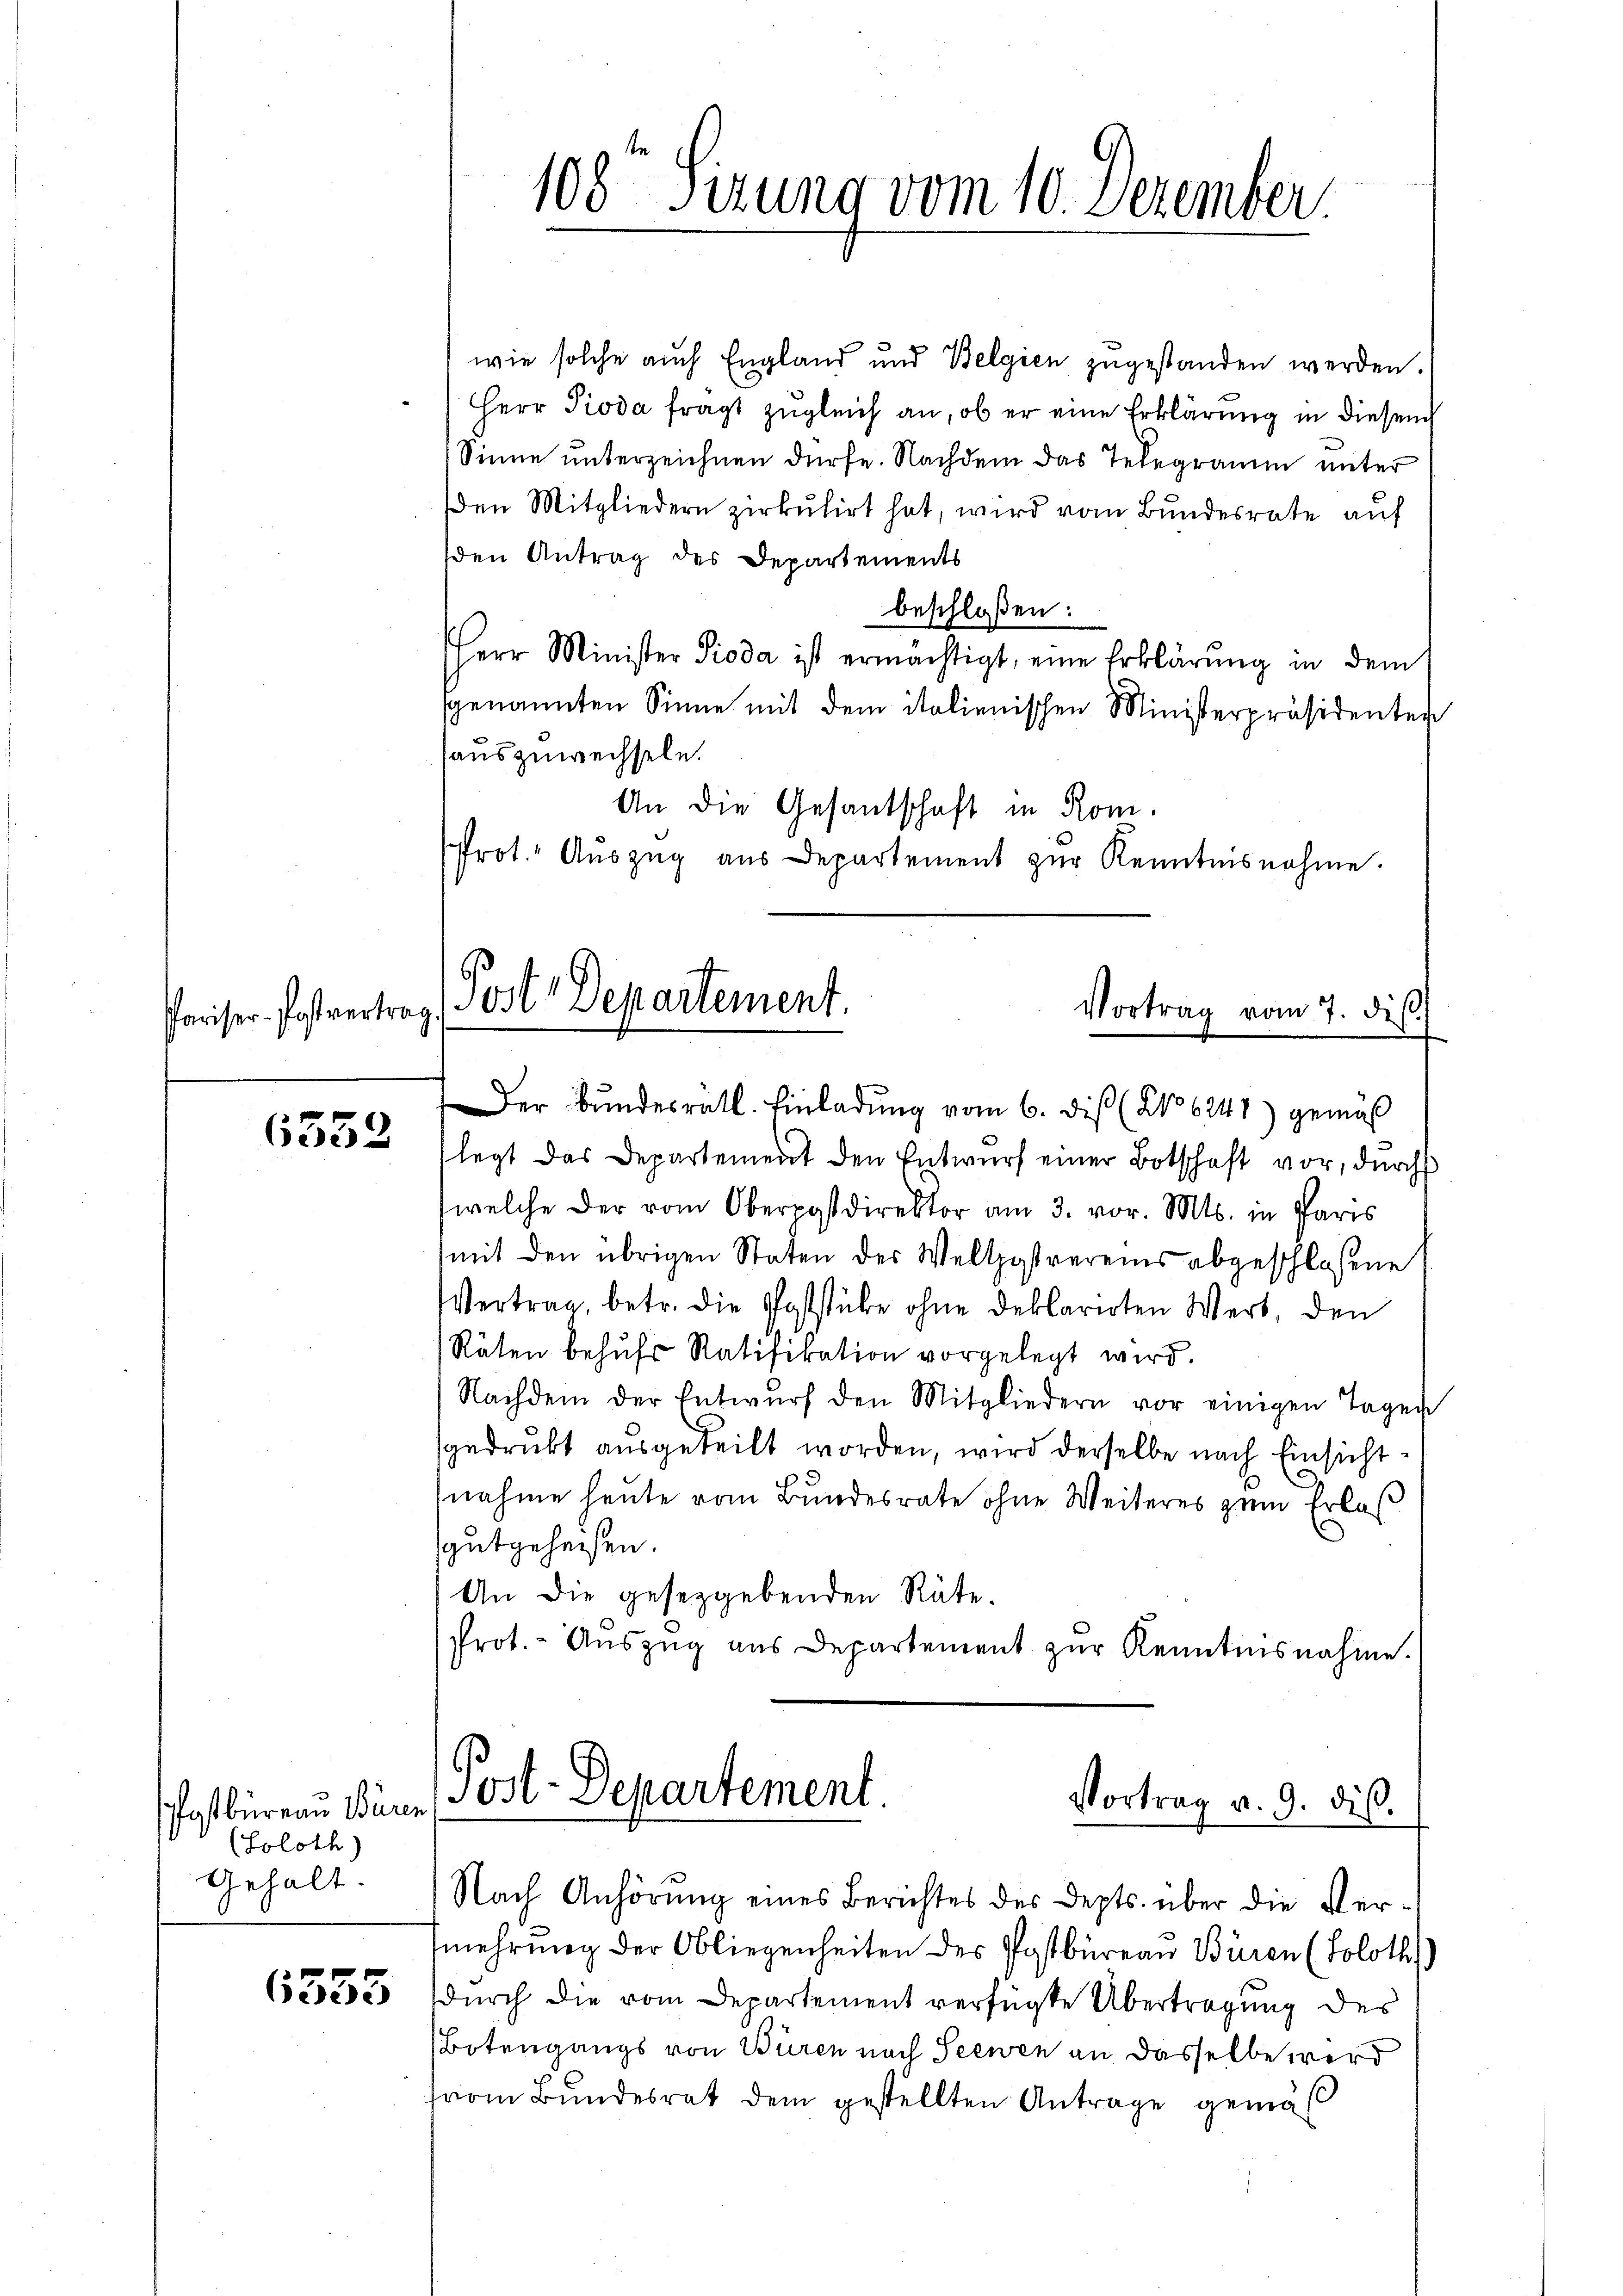
6552

Postbüreau Büren
(Soloth)
Gehalt.

6555

108 Sizung vom 10. Dezember

wie solche auch England und Belgien zugestanden werden.
Herr Pioda fragt zugleich an, ob er eine Erklärung in diesen
Sinne unterzeichnen dürfe. Nachdem das Telegramm unter
den Mitgliedern zirkŭlirt hat, wird vom Bundesrate auf
den Antrag des Departements
beschloßen:
Herr Minister Pioda ist ermächtigt, eine Erklärung in dem
genannten Sinne mit dem italienischen Ministerpräsidenter
auszuwechseln.
An die Gesantschaft in Rom.
Prot. Aŭszŭg aŭs Departement zŭr Kenntnisnahme.

Pariser-Postvertrag Post Departement.
Vortrag vom 7. dir.

Der Bŭndesrath. Einladung vom 6. diß (NNo 6241) gemäß
legt das Departement den Entwurf einer Botschaft vor, durch
(welche der vom Oberpostdirektor am 3. vor. Mts. in Pfarrs
mit den übrigen Staten der Weltpostvereins abgeschlossene
Vertrag, betr. die Poststube ohne deklarirten Wert, den
Räten behŭfs Ratifikation vorgelegt wird.
Nachdem der Entwŭrf den Mitgliedern vor einigen Tagen
sgedrukt ausgeteilt worden, wird derselbe nach Einsichtnahme heute vom Bundesrate ohne Weiteres zum Erlas
gutgeheißen.
An die gesetzgebenden Räte.
Prot. - Auszug aus Departement zur Kenntnisnahme.
Post-Departement.
Vortrag v. 9. diβ.
Nach Anhörung eines Berichtes des Depts. über die Vermehrung der Obliegenheiten des Postbüreau Büren (Soloth)
durch die vom Departement verfügte Übertragung des
Botengangs von Büren nach Seewen an dasselbe wird
vom Bundesrat dem gestellten Antrage gemäß